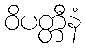
ဝိပတ္တီနံ